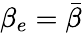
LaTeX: \beta_{e}=\bar{\beta}